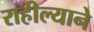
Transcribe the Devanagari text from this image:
राहील्याने